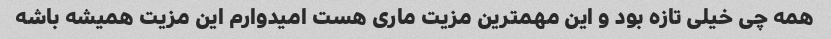
همه چی خیلی تازه بود و این مهمترین مزیت ماری هست امیدوارم این مزیت همیشه باشه